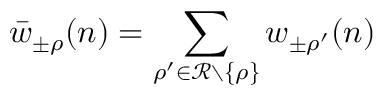
\bar { w } _ { \pm \rho } ( n ) = \sum _ { \rho ^ { \prime } \in \mathcal { R } \setminus \{ \rho \} } w _ { \pm \rho ^ { \prime } } ( n )